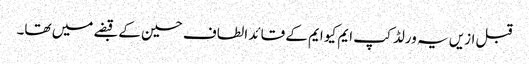
قبل ازیں یہ ورلڈ کپ ایم کیو ایم کے قائد الطاف حسین کے قبضے میں تھا۔